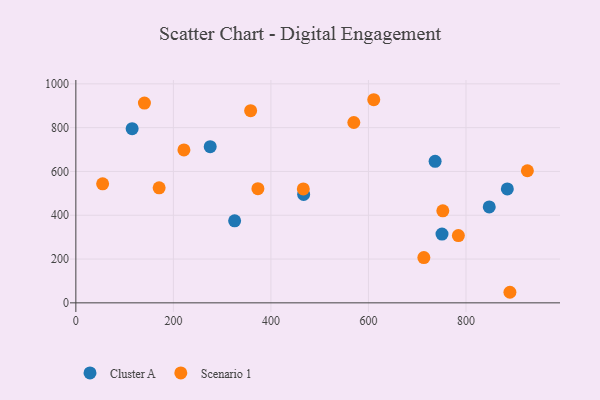
{"axis": {"x": "Ad Spend", "y": "Demand"}, "legend": ["Cluster A", "Scenario 1"], "data": [{"x": "736.7", "y": 646.4, "type": "Cluster A"}, {"x": "847.7", "y": 438.0, "type": "Cluster A"}, {"x": "884.8", "y": 520.2, "type": "Cluster A"}, {"x": "115.4", "y": 795.4, "type": "Cluster A"}, {"x": "275.5", "y": 713.3, "type": "Cluster A"}, {"x": "750.8", "y": 314.1, "type": "Cluster A"}, {"x": "467.1", "y": 495.2, "type": "Cluster A"}, {"x": "325.6", "y": 374.6, "type": "Cluster A"}, {"x": "221.6", "y": 698.1, "type": "Scenario 1"}, {"x": "170.8", "y": 525.2, "type": "Scenario 1"}, {"x": "752.5", "y": 420.3, "type": "Scenario 1"}, {"x": "890.1", "y": 48.3, "type": "Scenario 1"}, {"x": "784.4", "y": 307.0, "type": "Scenario 1"}, {"x": "54.9", "y": 543.6, "type": "Scenario 1"}, {"x": "466.4", "y": 520.2, "type": "Scenario 1"}, {"x": "610.9", "y": 927.5, "type": "Scenario 1"}, {"x": "140.6", "y": 912.1, "type": "Scenario 1"}, {"x": "713.6", "y": 206.7, "type": "Scenario 1"}, {"x": "925.9", "y": 603.1, "type": "Scenario 1"}, {"x": "358.4", "y": 877.6, "type": "Scenario 1"}, {"x": "570.0", "y": 823.6, "type": "Scenario 1"}, {"x": "373.3", "y": 521.3, "type": "Scenario 1"}]}